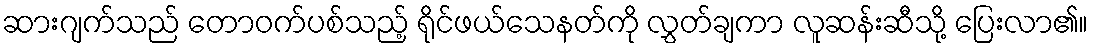
ဆားဂျက်သည် တောဝက်ပစ်သည့် ရိုင်ဖယ်သေနတ်ကို လွှတ်ချကာ လူဆန်းဆီသို့ ပြေးလာ၏။